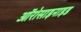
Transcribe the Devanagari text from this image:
ऑरोसाइनाइड